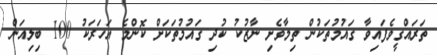
ތަރައްގީވެފައިވާ ގައުމުތަކުން ތިމާވެށި ނާޒުކު ކުދި ގައުމުތަކަށް ކޮންމެ އަހަރަކު 100 ބިލިއަން